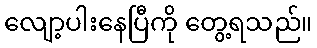
လျော့ပါးနေပြီကို တွေ့ရသည်။